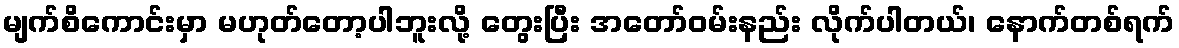
မျက်စိကောင်းမှာ မဟုတ်တော့ပါဘူးလို့ တွေးပြီး အတော်ဝမ်းနည်း လိုက်ပါတယ်၊ နောက်တစ်ရက်